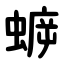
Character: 蝷